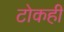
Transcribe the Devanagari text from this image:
टोकही